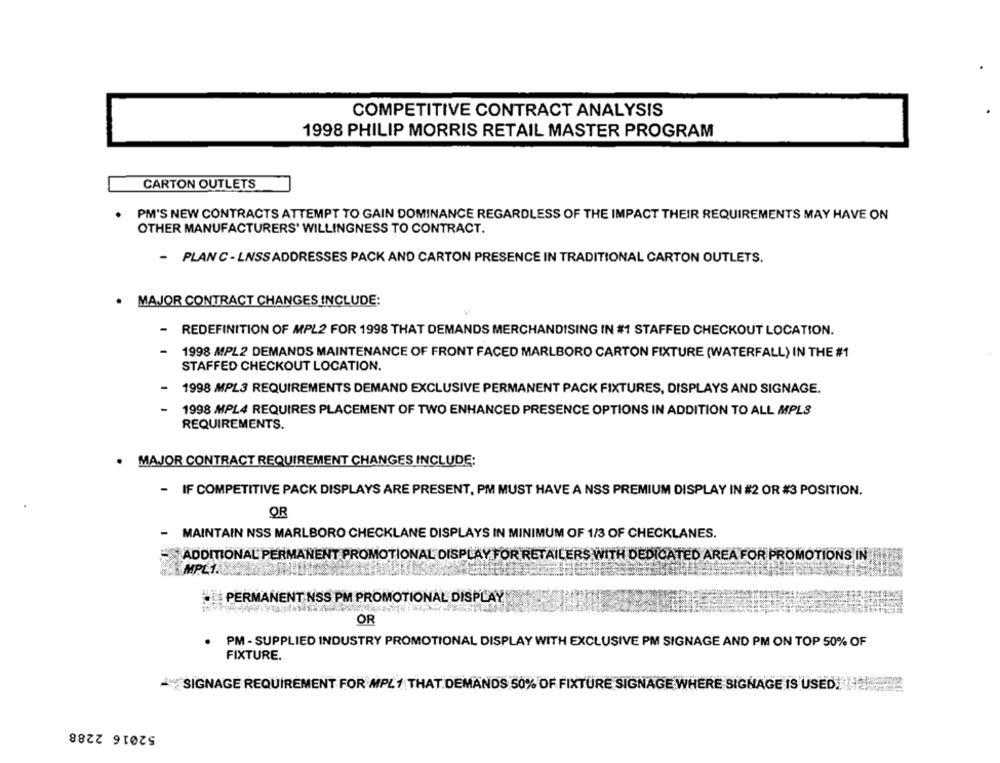
COMPETITIVE CONTRACT ANALYSIS
1998 PHILIP MORRIS RETAIL MASTER PROGRAM
CARTON OUTLETS
PM'S NEW CONTRACTS ATTEMPT TO GAIN DOMINANCE REGARDLESS OF THE IMPACT THEIR REQUIREMENTS MAY HAVE ON
OTHER MANUFACTURERS' WILLINGNESS TO CONTRACT.
- PLAN C - LNSSADDRESSES PACK AND CARTON PRESENCE IN TRADITIONAL CARTON OUTLETS.
· MAJOR CONTRACT CHANGES INCLUDE:
- REDEFINITION OF MPL2 FOR 1998 THAT DEMANDS MERCHANDISING IN #1 STAFFED CHECKOUT LOCATION.
1998 MPL2 DEMANDS MAINTENANCE OF FRONT FACED MARLBORO CARTON FIXTURE (WATERFALL) IN THE #1
STAFFED CHECKOUT LOCATION.
- 1998 MPL3 REQUIREMENTS DEMAND EXCLUSIVE PERMANENT PACK FIXTURES, DISPLAYS AND SIGNAGE.
1998 MPL4 REQUIRES PLACEMENT OF TWO ENHANCED PRESENCE OPTIONS IN ADDITION TO ALL MPLS
REQUIREMENTS.
MAJOR CONTRACT REQUIREMENT CHANGES INCLUDE:
- IF COMPETITIVE PACK DISPLAYS ARE PRESENT, PM MUST HAVE A NSS PREMIUM DISPLAY IN #2 OR #3 POSITION.
QR
- MAINTAIN NSS MARLBORO CHECKLANE DISPLAYS IN MINIMUM OF 1/3 OF CHECKLANES.
ADDITIONAL PERMANENT PROMOTIONAL DISPLAY FOR RETAILERS WITH DEDICATED AREA FOR PROMOTIONS IN
MPL1.
PERMANENT NSS PM PROMOTIONAL DISPLAY
OR
PM - SUPPLIED INDUSTRY PROMOTIONAL DISPLAY WITH EXCLUSIVE PM SIGNAGE AND PM ON TOP 50% OF
FIXTURE.
** SIGNAGE REQUIREMENT FOR MPL1 THAT DEMANDS 50% OF FIXTURE SIGNAGE WHERE SIGNAGE IS USED:
52016 2288